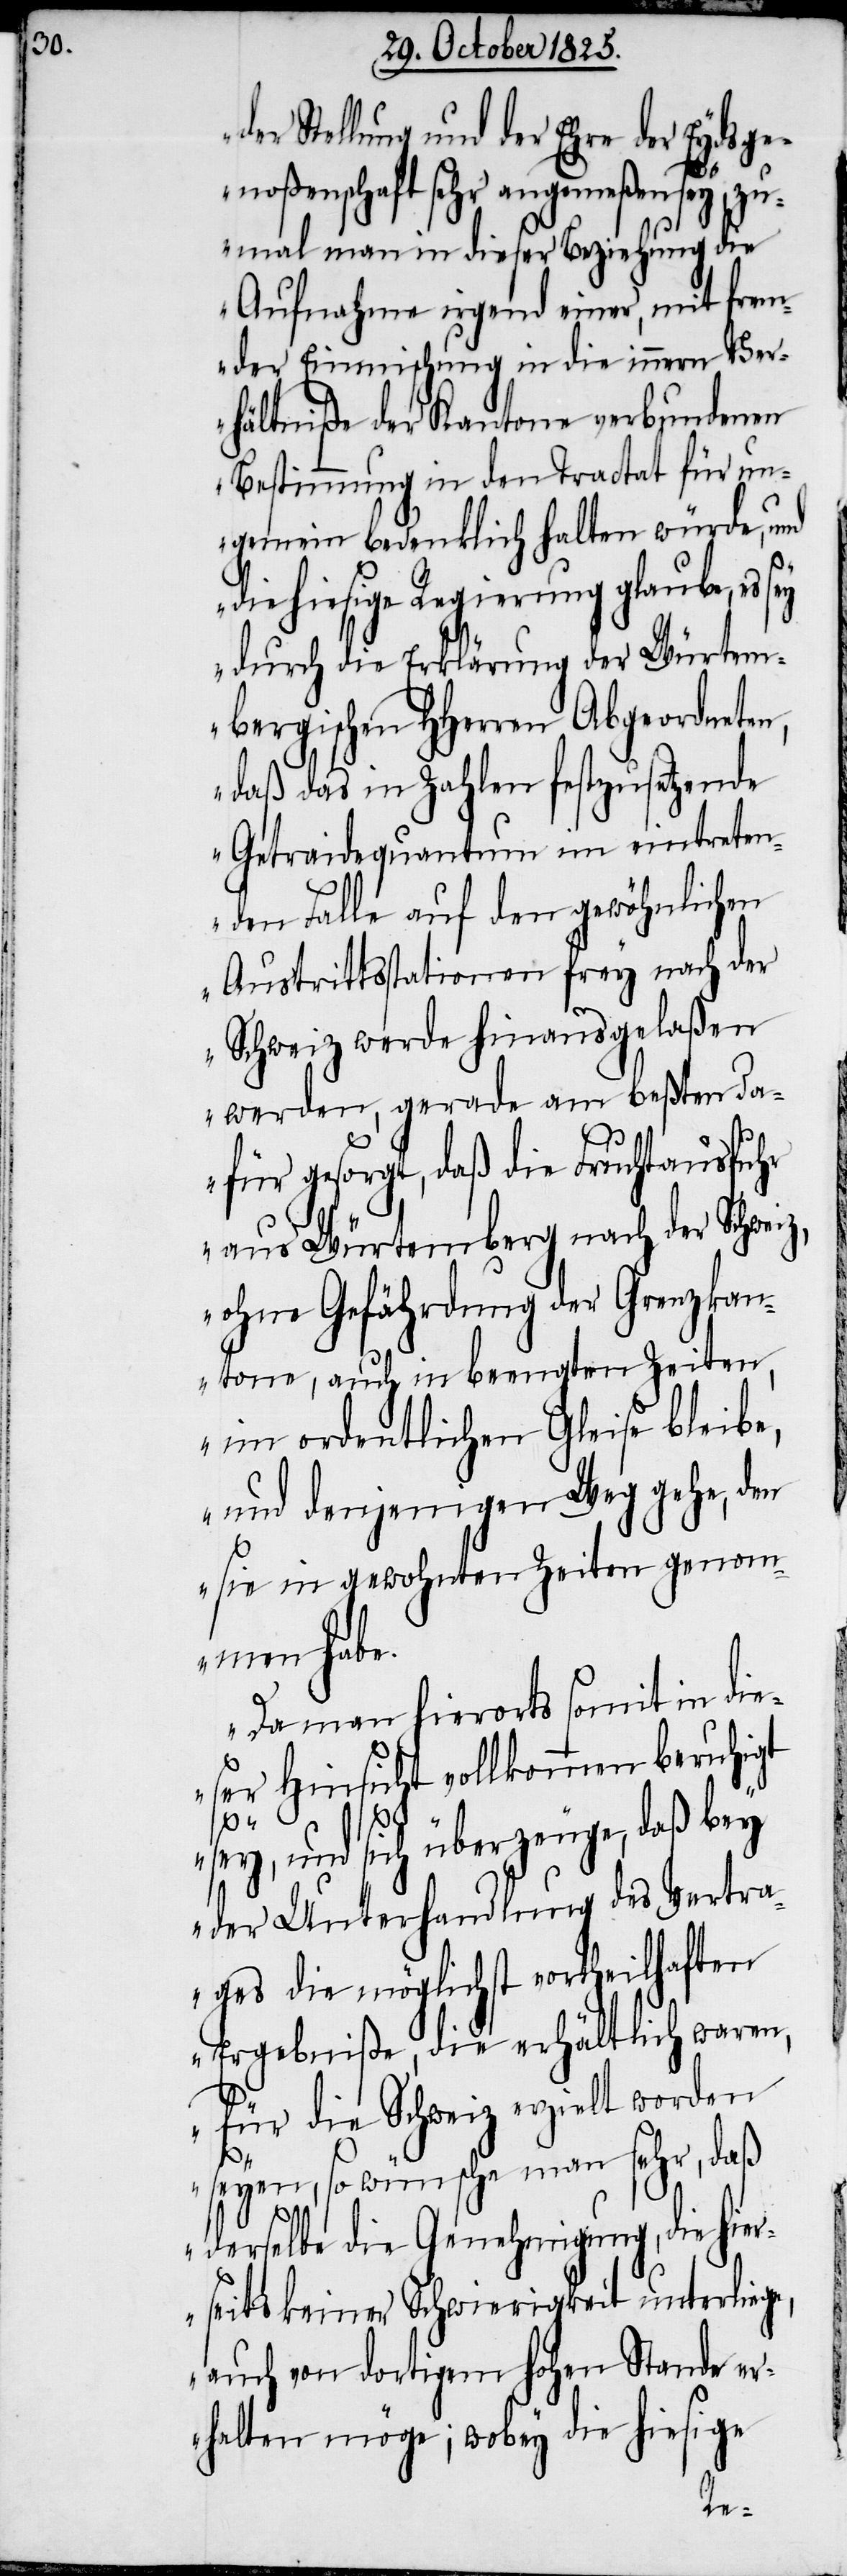
der Stellung und der Ehre der Eydsge¬
noßenschaft sehr angemeßen sey, zu¬
mal man in dieser Beziehung die
Aufnahme irgend einer, mit frem¬
der Einmischung in die innern Ver¬
hältniße der Kantone verbundenen
Bestimmung in den Tractat für un¬
gemein bedenklich halten würde, und
die hiesige Regierung glaube, es
durch die Erklärung der Würtem¬
bergischen HHerren Abgeordneten,
daß das in Zahlen festzusetzende
Getraidequantum im eintreten¬
den Falle auf den gewöhnlichen
Austrittsstationen frey nach der
Schweiz werde hinausgelaßen
werden, gerade am beßten da¬
für gesorgt, daß die Fruchtausfuhr
aus Würtemberg nach der Schwei¬
ohne Gefährdung der Grenzkan¬
tone, auch in beengten Zeiten,
im ordentlichen Gleise bleibe,
und denjenigen Weg gehe, den
sie in gewohnten Zeiten genomm¬
en habe.
Da man hierorts somit in die¬
ser Hinsicht vollkommen beruhigt
z,
sey, und sich überzeuge, daß bey
der Unterhandlung des Vertra¬
ges die möglichst vortheilhaften
Ergebniße, die erhältlich waren,
für die Schweiz erziehlt worden
seyen, so wünsche man sehr, daß
derselbe die Genehmigung, die hier¬
seits keiner Schwierigkeit unterliege,
auch von dortigem hohen Stande er¬
wobey die hiesige
halten möge;